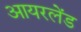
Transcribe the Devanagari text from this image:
आयरलेंड